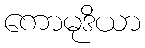
ကောမုဒိယာ